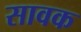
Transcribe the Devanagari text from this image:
सावक